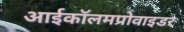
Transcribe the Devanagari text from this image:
आईकॉलमप्रोवाइडर